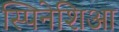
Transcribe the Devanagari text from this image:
स्पिनेशिआ